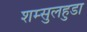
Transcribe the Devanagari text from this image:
शम्सुलहुडा